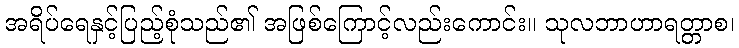
အရိပ်ရေနှင့်ပြည့်စုံသည်၏ အဖြစ်ကြောင့်လည်းကောင်း။ သုလဘာဟာရတ္တာစ၊